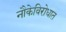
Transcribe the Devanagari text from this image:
नौकेविरोधात